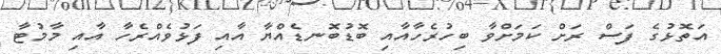
އަތޮޅުގެ ފަސް ރަށް ކަމަށްވާ ބިހުރެހާއާއި ބޮޑުބޮނޑެއްޔާ އާއި ފަޅުވެއްރެހާ އާއި މާމުޓާ